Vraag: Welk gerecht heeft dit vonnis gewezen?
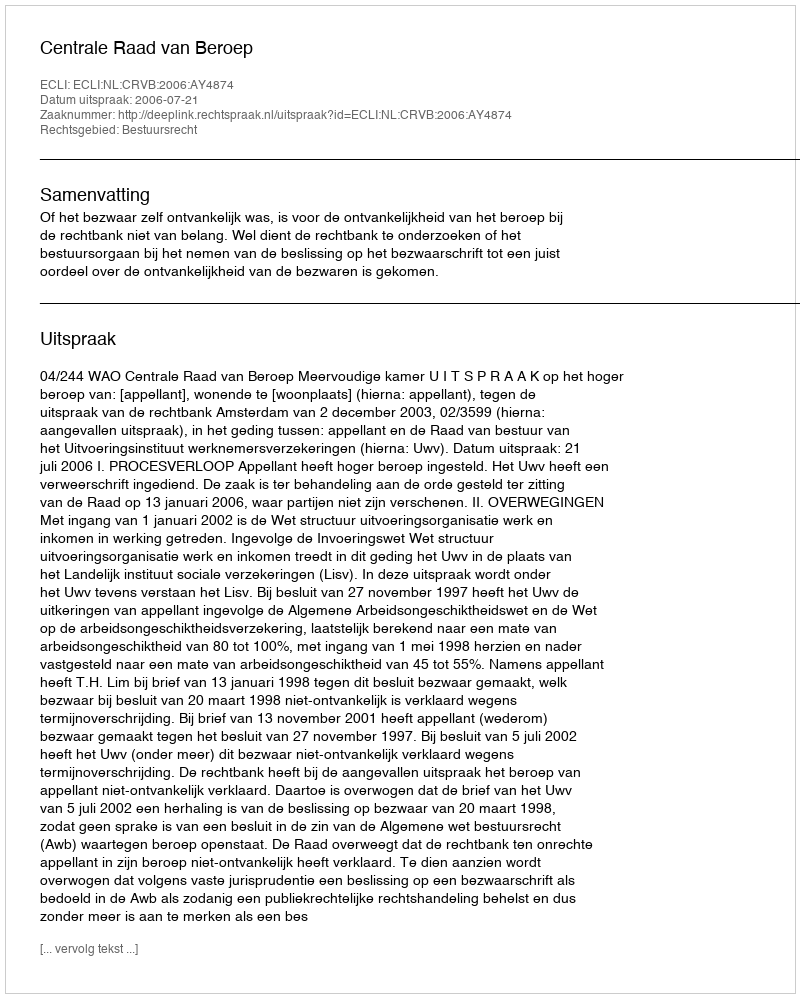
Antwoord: Centrale Raad van Beroep